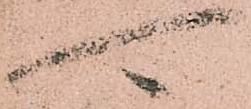
可